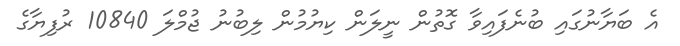
އެ ބަޔާނުގައި ބުނެފައިވާ ގޮތުން ނީލަން ކިޔުމުން ލިބުނު ޖުމްލަ 10840 ރުފިޔާގެ